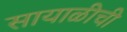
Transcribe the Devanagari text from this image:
सायाळीची